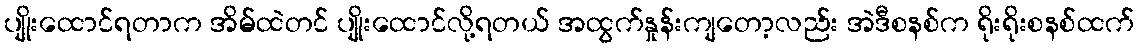
ပျိုးထောင်ရတာက အိမ်ထဲတင် ပျိုးထောင်လို့ရတယ် အထွက်နှုန်းကျတော့လည်း အဲဒီစနစ်က ရိုးရိုးစနစ်ထက်